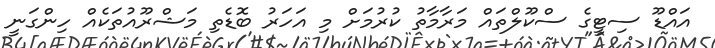
އައްޑޫ ސިޓީގެ ސްކޫލްތައް މަރާމާތު ކުރުމަށް މި އަހަރު ބޮޑެތި މަޝްރޫއުތަކެއް ހިންގަނީ